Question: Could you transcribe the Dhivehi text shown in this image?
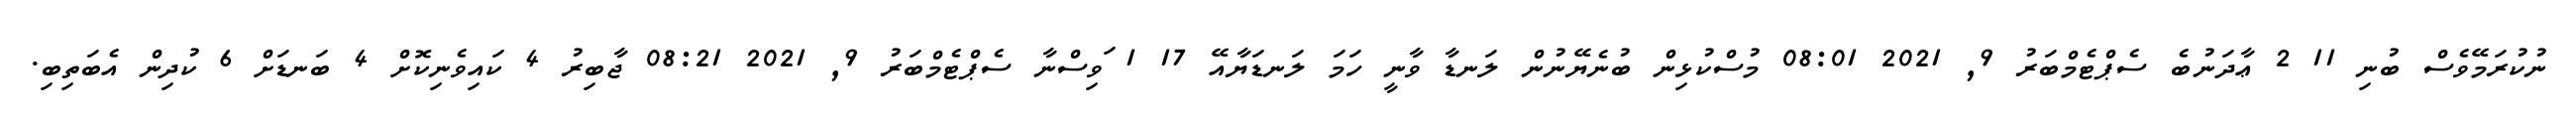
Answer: ނުކުރަމޭވެސް ބުނި 11 2 ޢާދަނުބެ ސެޕްޓެމްބަރު 9, 2021 08:01 މުސްކުޅިން ބުނެޔޭނުން ލަނޑާ ވާނީ ހަމަ ލަނޑަޔާއޭ 17 1 ަވިސްނާ ސެޕްޓެމްބަރު 9, 2021 08:21 ޖާބިރު 4 ކައިވެނިކޮށް 4 ބަނޑަށް 6 ކުދިން އެބަތިބި.